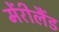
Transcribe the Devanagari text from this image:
मेंरीलैंड